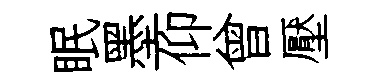
眠墨仰曾壓